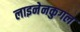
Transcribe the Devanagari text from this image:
लाइनेनकुगल